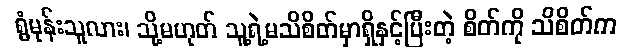
ရွံမုန်းသူလား၊ သို့မဟုတ် သူ့ရဲ့မသိစိတ်မှာရှိနှင့်ပြီးတဲ့ စိတ်ကို သိစိတ်က